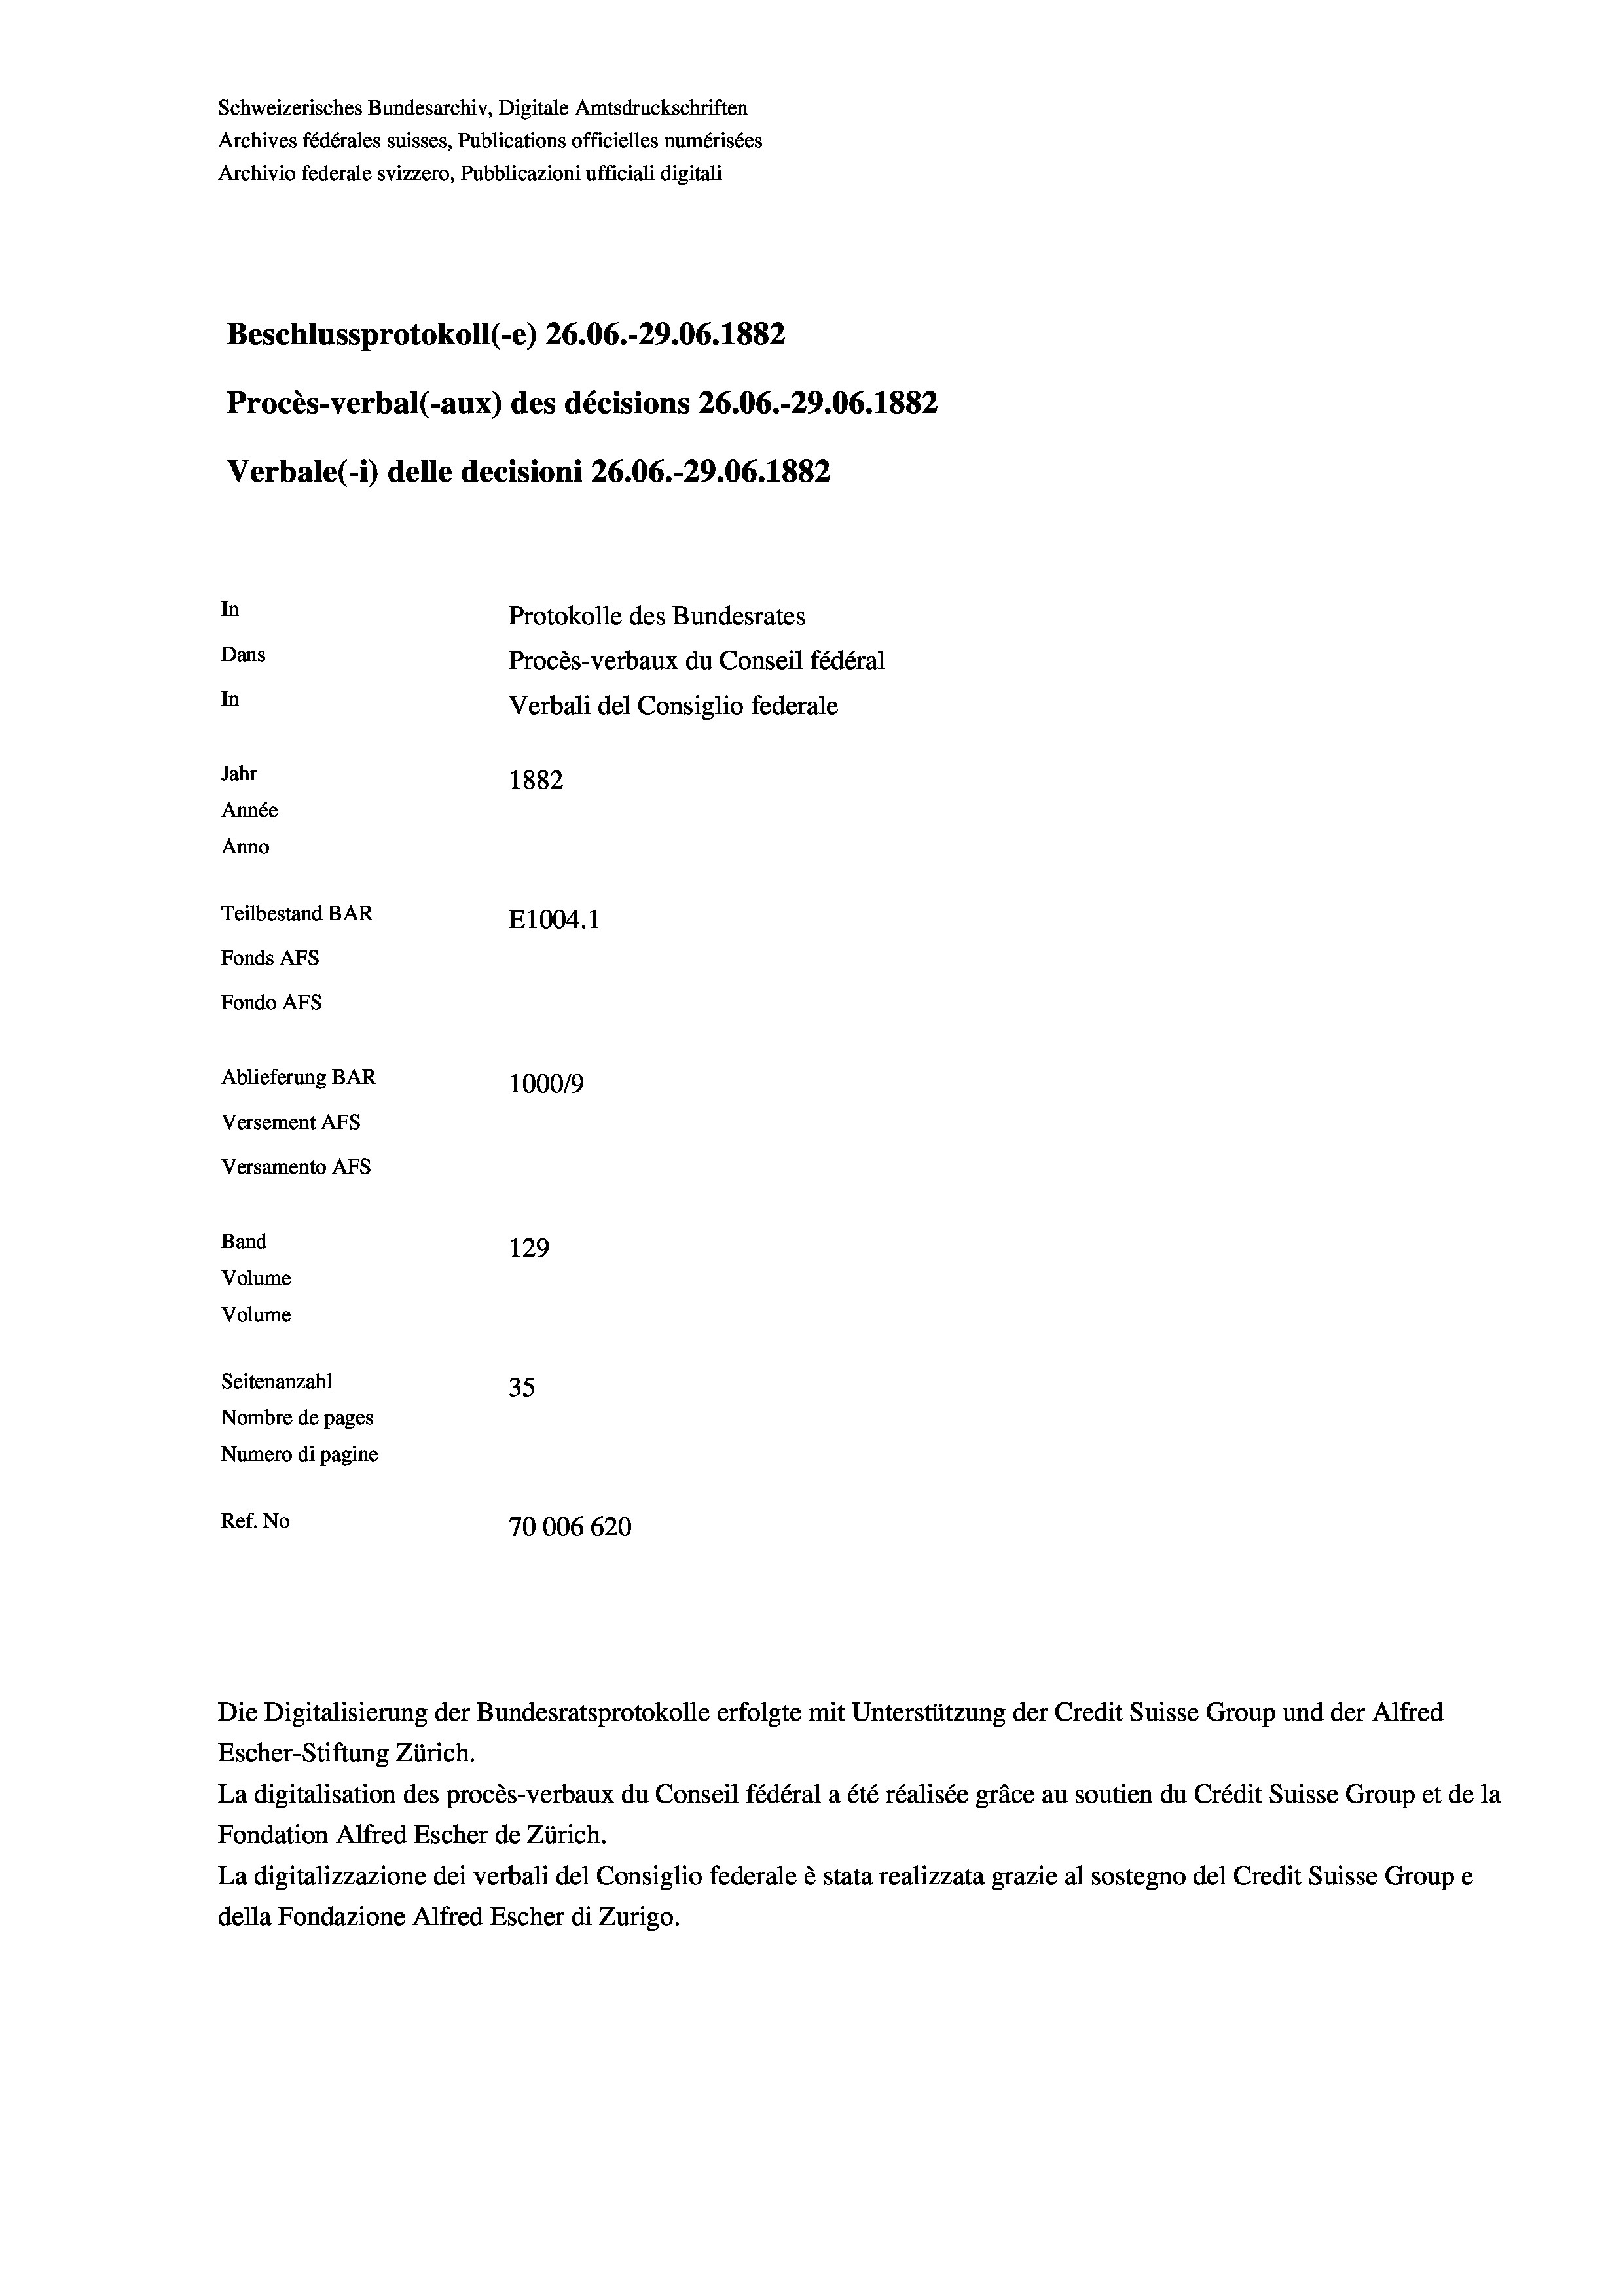
Schweizerisches Bundesarchiv, Digitale Amtsdruckschriften
Archives fédérales suisses, Publications officielles numérisées
Archivio federale svizzero, Pubblicazioni ufficiali digitali
Beschlussprotokoll (-e) 26.06.-29.06. 1882
Procès-verbal (-aux) des décisions 26.06.-29.06. 1882
Verbale (i) delle decisioni 26.06.-29.06. 1882
In
Protokolle des Bundesrates
Dans
Procès-verbaux du Conseil fédéral
In
Verbali del Consiglio federale
Jahr
1882
Année
Anno
Teilbestand BAR
E1004.1
Fonds AFs
Fondo Afs
Ablieferung BAR
100019
Versement AFs
Versamento AFS
Band
129
Volume
Volume
Seitenanzahl
35
Nombre de pages
Numero di pagine
Ref. No
70006620

Escher-Stiftung Zürich.
La digitalisation des procès-verbaux du Conseil fédéral a été réalisée gräce au soutien du Crédit Suisse Group et de la
Fondation Alfred Escher de Zürich.
La digitalizzazione dei verbali del Consiglio federale è stata realizzata grazie al sostegno del Credit Suisse Groupe
della Fondazione Alfred Escher di Zurigo.

Die Digitalisierung der Bundesratsprotokolle erfolgte mit Unterstützung der Credit Suisse Group und der Alfred